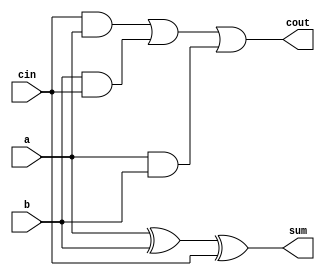
module fulladd(a, b, cin, sum, cout);
input a, b, cin;
output sum, cout;
wire w1, w2, w3, w4, w5;

xor g1(w1, a, b);
xor g2(sum, w1, cin);

and g3(w2, a, b);
and g4(w3, b, cin);
and g5(w4, cin, a);

or g6(w5, w4, w3);
or g7(cout, w5, w2);

endmodule